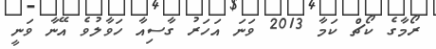
ރޯމާގެ ކޯޗް ކަމާ 2013 ވަނަ އަހަރު ގާސިއާ ހަވާލުވެ އޭނާ ވަނީ